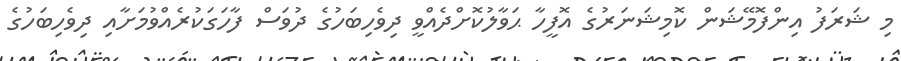
މި ޝަރަފު އިންފޮމޭޝަން ކޮމިޝަނަރުގެ އޮފީހާ ޙަވާލުކޮށްދެއްވީ ދިވެހިބަހުގެ ދުވަސް ފާހަގަކުރެއްވުމަށާއި ދިވެހިބަހުގެ